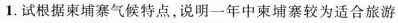
1.试根据柬埔寨气候特点，说明一年中柬埔寨较为适合旅游